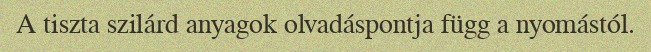
A tiszta szilárd anyagok olvadáspontja függ a nyomástól.